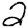
Digit: 2